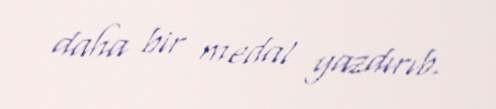
daha bir medal yazdırıb.